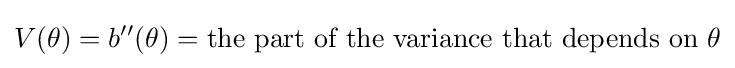
V(\theta )=b''(\theta )={\text{the part of the variance that depends on }}\theta